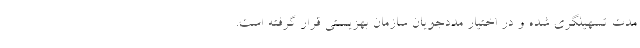
مدت تسهیلگری شده و در اختیار مددجویان سازمان بهزیستی قرار گرفته است.